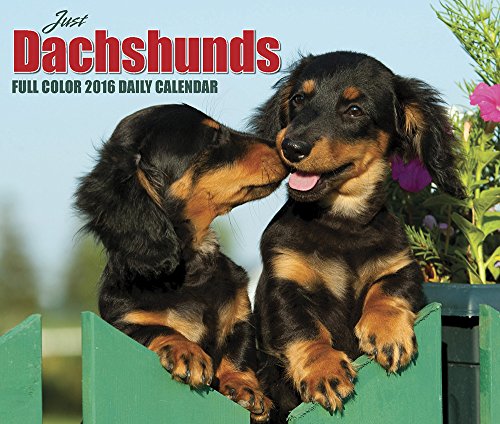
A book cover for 2016 Just Dachshunds  Box Calendar; Willow Creek Press; Calendars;